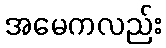
အမေကလည်း